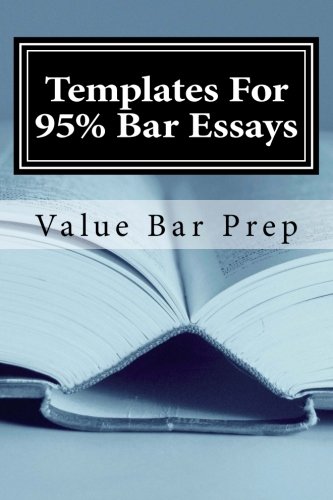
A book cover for Templates For 95% Bar Essays: Reaching the 'A' grade on a law school exam or bar essay involves two simple things: Follow the template and second, follow it well.; Value Bar Prep; Test Preparation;